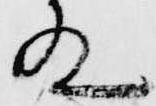
殿